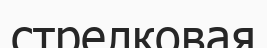
стрелковая